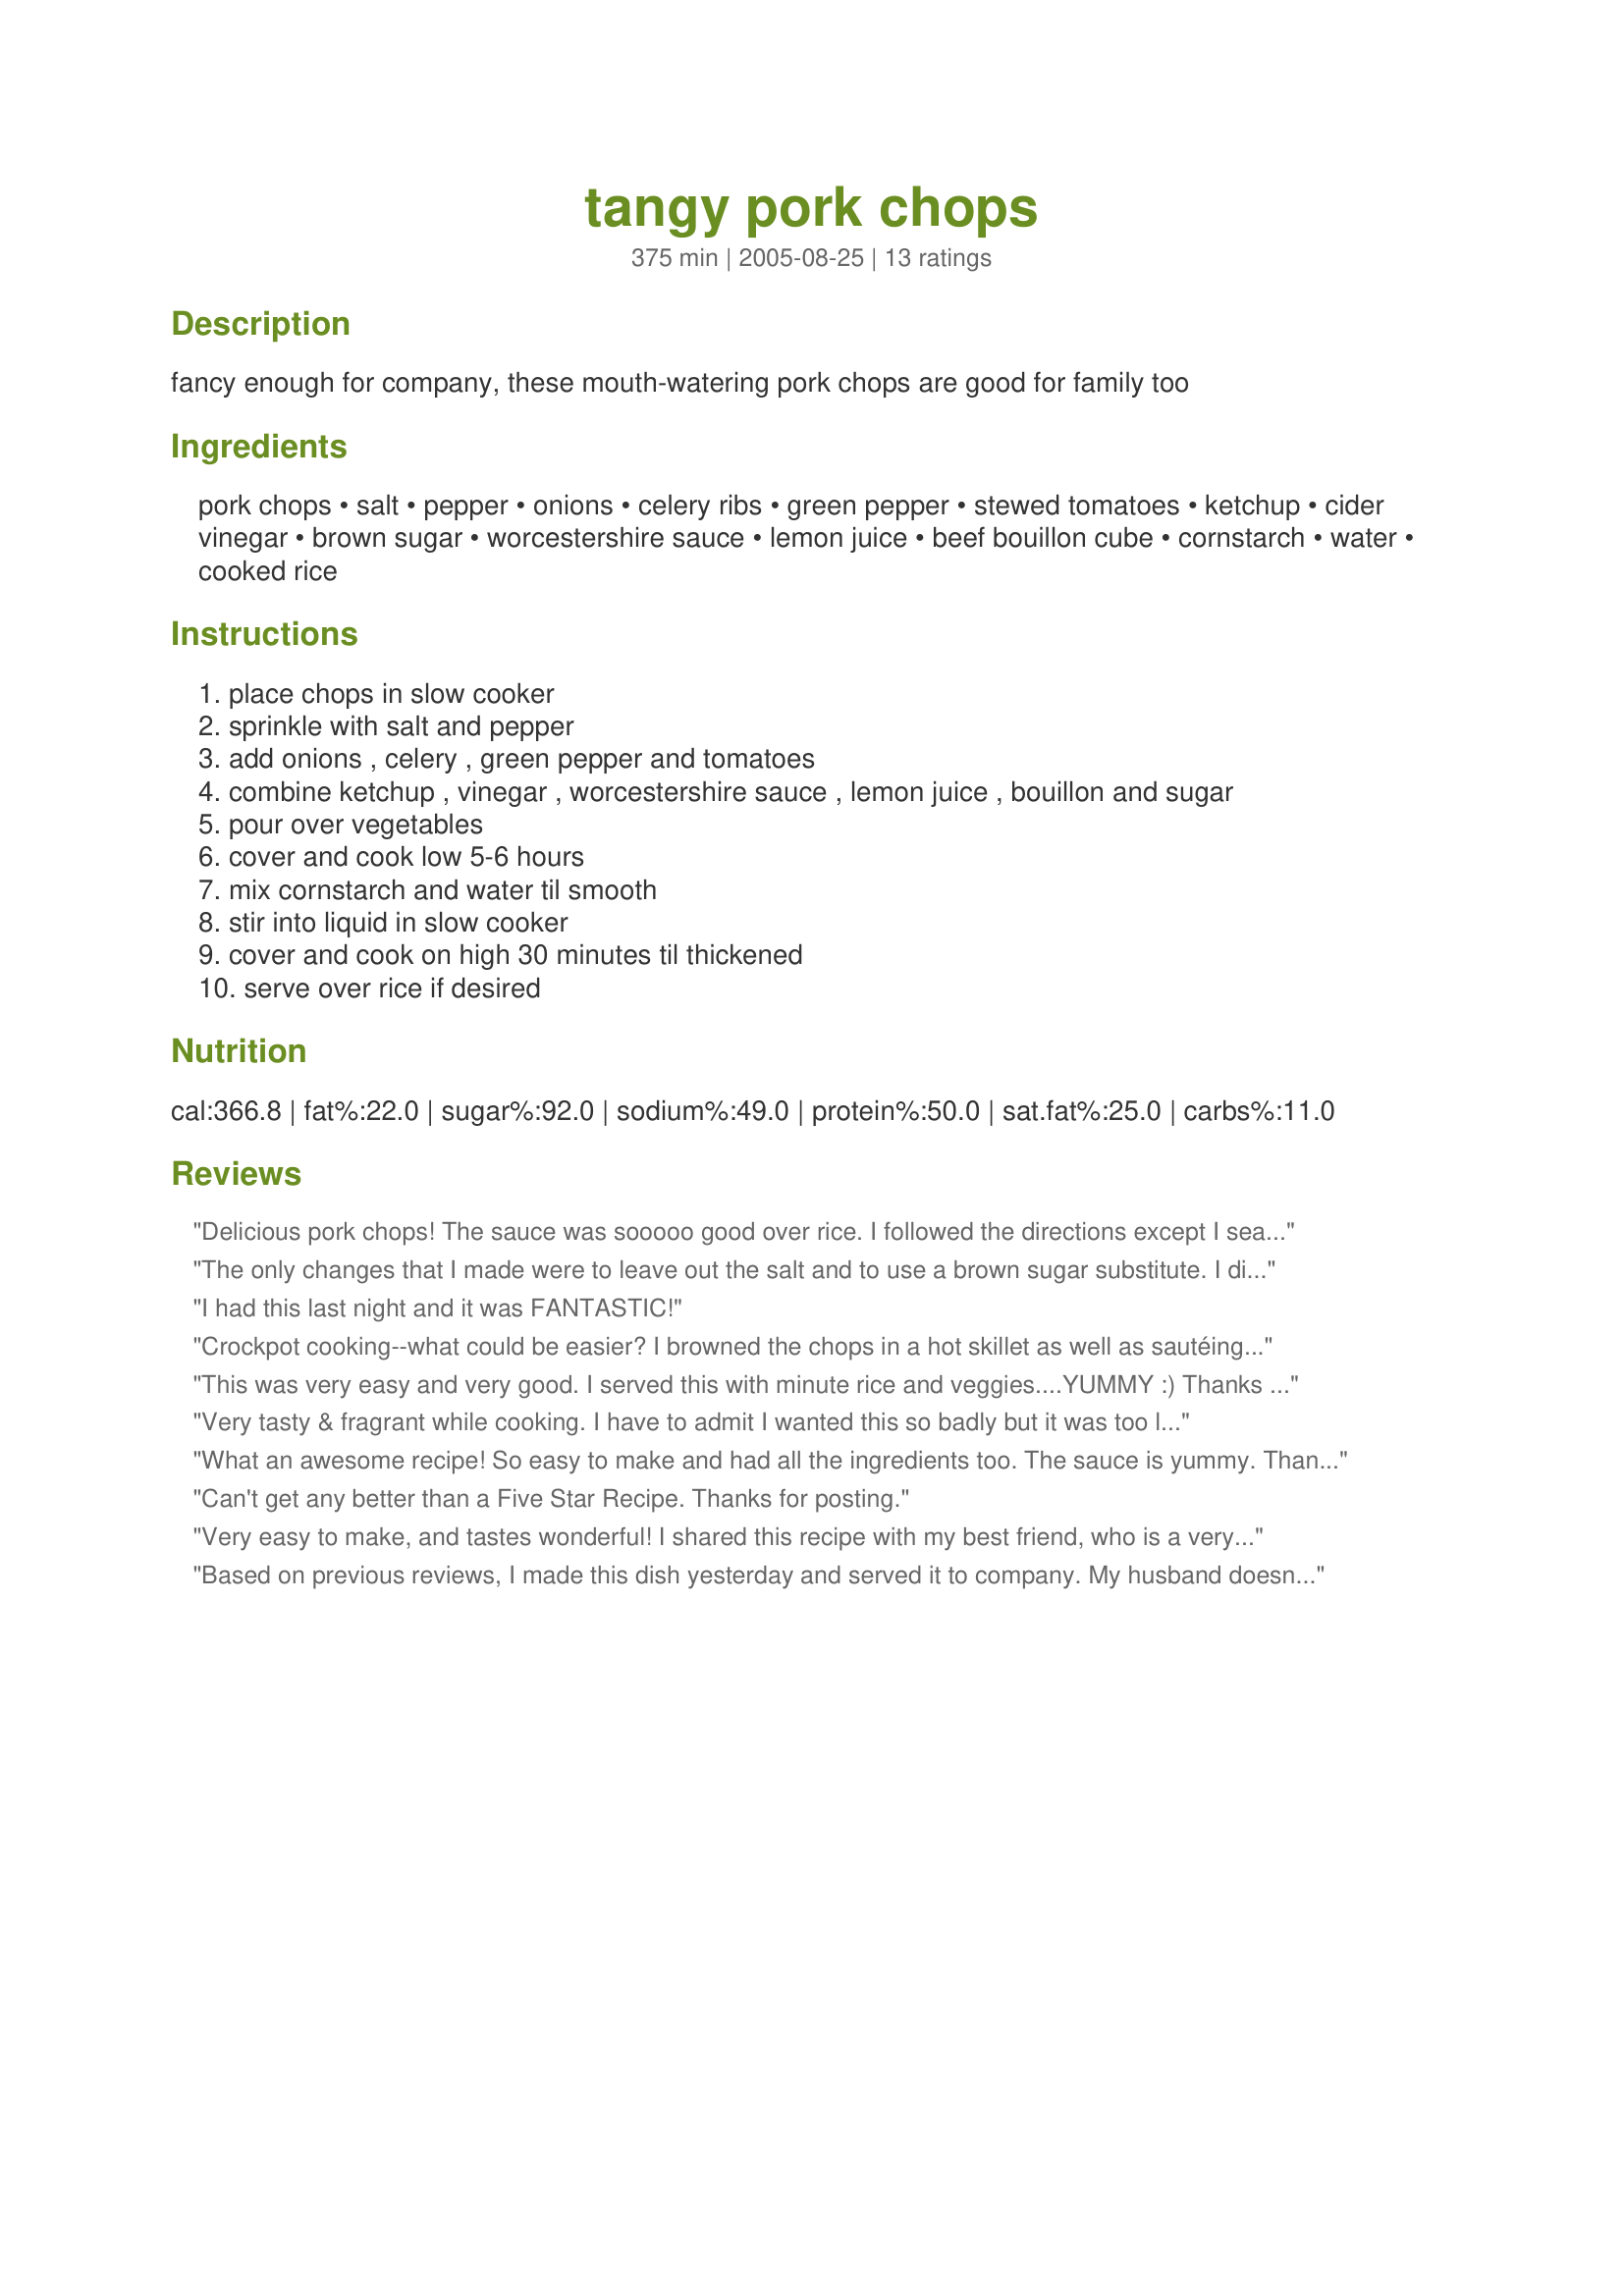
tangy pork chops
Preparation time: 375 minutes

fancy enough for company, these mouth-watering pork chops are good for family too

Ingredients:
pork chops, salt, pepper, onions, celery ribs, green pepper, stewed tomatoes, ketchup, cider vinegar, brown sugar, worcestershire sauce, lemon juice, beef bouillon cube, cornstarch, water, cooked rice

Steps:
place chops in slow cooker
sprinkle with salt and pepper
add onions , celery , green pepper and tomatoes
combine ketchup , vinegar , worcestershire sauce , lemon juice , bouillon and sugar
pour over vegetables
cover and cook low 5-6 hours
mix cornstarch and water til smooth
stir into liquid in slow cooker
cover and cook on high 30 minutes til thickened
serve over rice if desired

Reviews:
Delicious pork chops! The sauce was sooooo good over rice. I followed the directions except I seasoned my chops with Emeril's Essence and pepper and browned them in a bit of olive oil first.I had 7 boneless pork loin chops and there was plenty of yummy sauce for them. I added minced garlic and shallot with the other vegetables and followed it the rest of the way. Served it with buttered white rice (with some fresh parsley tossed in after cooking) ,brown sugar buttered baby carrots and Grands! biscuits. A great meal worth repeating. I have this recipe in a cookbook called "TOH'S Slow Cooker Favorites" and I had been meaning to try it for a long time. The great reviews convinced me to try it today and I'm glad I did-you all were right. Thanks!
The only changes that I made were to leave out the salt and to use a brown sugar substitute. I didn't have to thicken the sauce.Served with steamed broccoli, baby carrots and a nice green salad. So fast and easy to prepare dinner after a long day at work when you can use the crock pot. This was an exceptionally good recipe and will make over and over. The next time I too will add some fresh garlic cloves. (Personal preference)I know this would be great with rice but we honestly didn't miss it!
I had this last night and it was FANTASTIC!
Crockpot cooking--what could be easier? I browned the chops in a hot skillet as well as sautéing the peppers, onions and celery. I find this helps to provide the caramelizing effect that is often missing when cooking in the slow cooker. I did remove the meat from the cooker and kept it warm while thickening the sauce. This makes a nice flavorful dish with plenty of sauce to be soaked up by rice.
This was very easy and very good. I served this with minute rice and veggies....YUMMY :) Thanks for posting
Very tasty & fragrant while cooking. I have to admit I wanted this so badly but it was too late to do in the crockpot. It turned out beautifully on the stove top. I browned the chops first, removed them from the pan, then sauted the veggies in the same pan. I also added fresh crushed galic. Put the chops back in the pan with the veggies and added the remaining ingredients except cornstarch and water. Covered and simmered about 20 minutes as my chops were thick. Thickened the sauce and served. Yummy and easy!
What an awesome recipe! So easy to make and had all the ingredients too. The sauce is yummy. Thanks for posting.
Can't get any better than a Five Star Recipe. Thanks for posting.
Very easy to make, and tastes wonderful! I shared this recipe with my best friend, who is a very picky eater and has two daughters who are also picky eaters. They all loved this recipe and the pickiest of them all asks for her mother to make this often.
Based on previous reviews, I made this dish yesterday and served it to company. My husband doesn't like tomatoes/green peppers/celery, but I used 1/2 green pepper and chopped all the veggies really small. They cooked down enough so that he loved the flavor and didn't complain about the veggies. There is quite a bit of the yummy sauce leftover so I am going to add hamburger and macaroni and make beef-aroni!
This was a hit with wife and kid. I was afraid it would be too close to a psuedo-pepper steak recipe, but the lemon juice and worcestershire sauce made for a slightly different, yet very tasty, sauce. A good crock-pot recipe for cool weather, or the summer when you don't want to heat the kitchen. Served ovr rice, and with cold, marinated green beans and rolls.
No variations made to recipe.
Easy recipe to prepare and oh so yummy! Cooked on low for about 7 hours. Used pork loin chops and the meat was very, very tender. The sauce lovely and tangy. Didn't need to add any cornstarch at the end as the sauce was the right consistency for us. Served with mashed potatoes and peas.
I really enjoyed these chops. They turned out super-tender, and I didn't even use a crock pot (didn't plan ahead). I dredged the chops in flour and browned them in some olive oil, and I also sauteed the veggies as well. After throwing everything together, I simmered it on the cooktop for about an hour, hour and a quarter. Tasty over steamed rice with a salad on the side (#125614). Thanks for the great recipe post!
